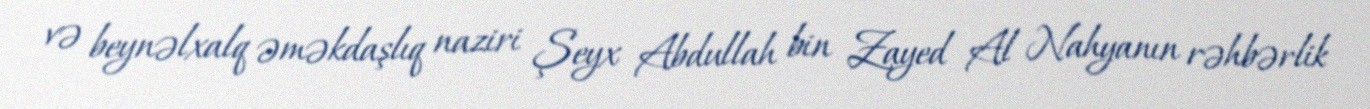
və beynəlxalq əməkdaşlıq naziri Şeyx Abdullah bin Zayed Al Nahyanın rəhbərlik